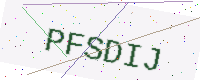
Text: PFSDIJ